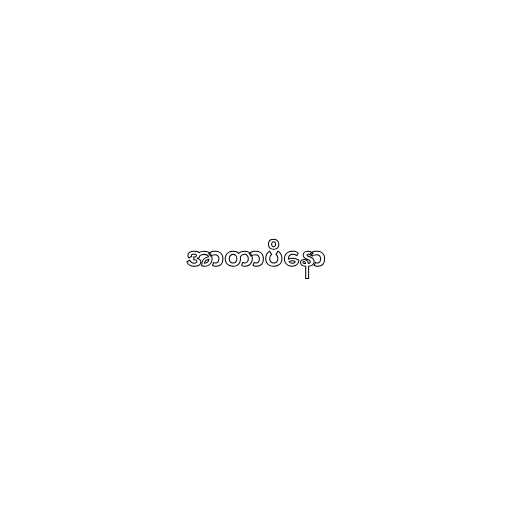
အာတာပိနော